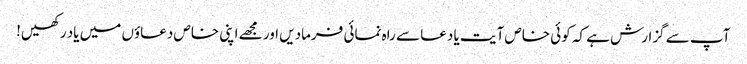
آپ سے گزارش ہے کہ کوئی خاص آیت یا دعا سے راہ نمائی فرمادیں اور مجھے اپنی خاص دعاؤں میں یاد رکھیں!